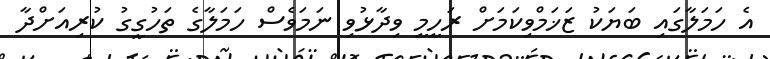
އެ ހަމަލާގައި ބަޔަކު ޒަޚަމްވިކަމަށް ރަހީމީ ވިދާޅުވި ނަމަވެސް ހަމަލާގެ ތަހުގީގު ކުރިއަށްދާ